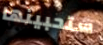
ستحبينها